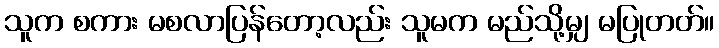
သူက စကား မစလာပြန်တော့လည်း သူမက မည်သို့မျှ မပြုတတ်။